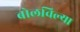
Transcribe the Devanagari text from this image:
बोलविल्या